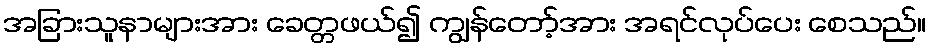
အခြားသူနာများအား ခေတ္တဖယ်၍ ကျွန်တော့်အား အရင်လုပ်ပေး စေသည်။